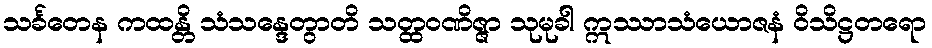
သင်္ခတေန ကထန္တိ သံသန္ဒေတွာတိ သတ္ထဝဏိဇ္ဇာ သုမုခါ ဣဿာသံယောဇနံ ဝိသိဋ္ဌတရော